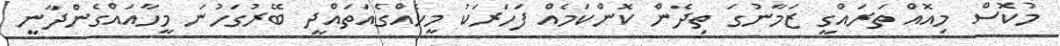
މުކޮސް މިއޮއް ތަރައްގީ ޒަމާނުގަ ތިދެން ކޮންކަމެއް ފަހަރަކު މީހެއްގެއަތައްދީ ބޭރުގަހުނަ މީހާއައްގެންދާނީ